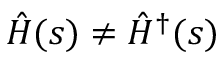
\hat { H } ( s ) \neq \hat { H } ^ { \dagger } ( s )